Civil Veterinary Department Bihar & Orissa reports 1929-36 - 1929-1936
Year: 1929
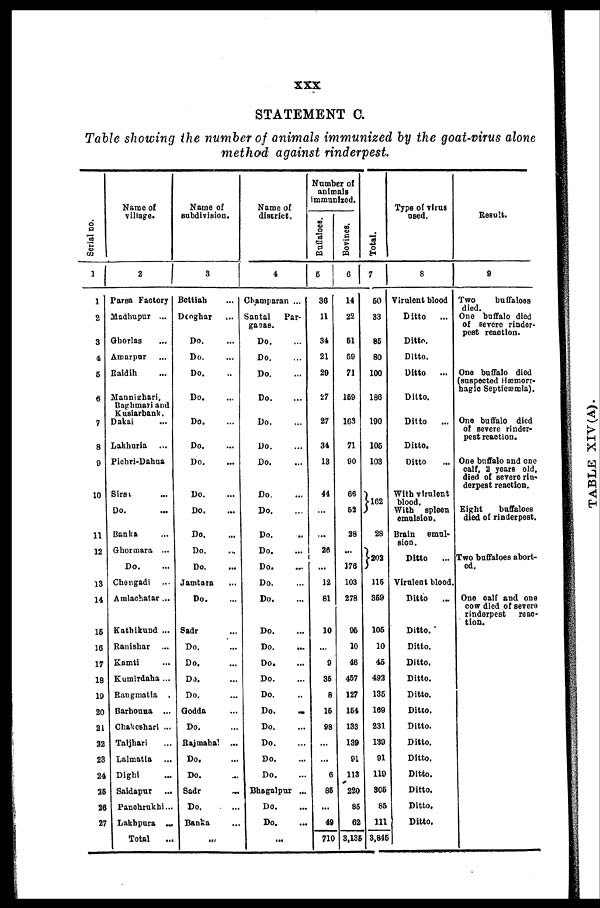
xxx
STATEMENT C.
Table showing the number of animals immunized by the goat-virus alone
method against rinderpest.
Serial no.
1
1
2
3
4
6
6
7
8
9
10
11
12
18
14
15
16
17
18
10
20
21
22
23
24
26
26
27
Name of
Tillage.
2
Parsa Factory
Madhupur ...
Ghorlas ...
Amarpur ...
Raidih ...
Mannighari,
Baghmari and
Kusiarbank.
Dakai ...
Lakhuria ...
Pichri-Dahua
Sirs ...
Do. ...
Banka ...
Ghormara ...
Do. ...
Chengadi ...
Amlachatar ...
Kathikund ...
Ranishar ...
Kamti ...
Kumirdaha ...
Rangmatia .
Barbouna ...
Chakeshari ...
Taljhari ...
Lalmatia ...
Dighi ...
Saidapur ...
Panchrukhi...
Lakhpura ...
Total ...
Name of
subdivision.
3
Bettiah ...
Deoghar ...
Do. ...
Do. ...
Do. ...
Do. ...
Do. ...
Do. ...
Do. ...
Do. ...
Do. ...
Do. ...
Do. ...
Do. ...
Jamtara ...
Do. ...
Sadr ...
Do. ...
Do. ...
Do. ...
Do. ...
Godda ...
Do. ...
Rajmahal ...
Do. ...
Do. ...
Sadr
...
Do. ...
Banka ...
...
Name of
district.
4
Champaran ...
Santal
Par-
guoas.
Do. ...
Do. ...
Do. ...
Do. ...
Do. ...
Do. ...
Do. ...
Do. ...
Do. ...
Do. ...
Do. ...
Do. ...
Do. ...
Do. ...
Do. ...
Do. ...
Do. ...
Do. ...
Do. ...
Do. ...
Do. ...
Do. ...
Do. ...
Do. ...
Bhagalpur ...
Do. ...
Do. ...
...
Number of
animals
immunized.
Buffaloes.
5
36
11
34
21
29
27
27
34
13
44
26
12
81
10
...
0
36
8
16
98
6
86
...
49
710
Bovines.
C
14
22
61
60
71
169
163
71
90
66
62
28
...
176
103
278
06
10
46
467
127
164
133
139
01
113
220
86
62
3,135
Tot al .
7
60
33
86
80
100
186
100
106
103
162
28
202
J
116
369
106
10
46
492
136
169
231
139
91
119
306
85
111
3.846
Type of virus
used.
8
Virulent blood
Ditto
...
Ditto.
Ditto.
Ditto
...
Ditto.
Ditto
Ditto.
Ditto ...
With virulent
blood.
With spleen
emulsion.
Brain emul-
sion.
Ditto
...
Virulent blood.
Ditto
...
Ditto.
Ditto.
Ditto.
Ditto.
Ditto.
Ditto.
Ditto.
Ditto.
Ditto.
Ditto.
Ditto.
Ditto.
Ditto.
Result.
9
Two
buffaloes
died.
One buffalo died
of severe rinder-
pest reaction.
One buffalo died
(suspected Hæmorr-
hagic Septicæmia).
One buffalo died
of severe rinder-
pest reaction.
One buffalo and one
calf, 2 years old.
died of severe rin-
derpest reaction.
Eight
buffaloes
died of rinderpest.
Two buffaloes abort-
ed.
One calf and one
cow died of severe
rinderpest
reac-
tion.